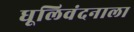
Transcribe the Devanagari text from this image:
धूलिवंदनाला